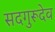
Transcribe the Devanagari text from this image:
सदगुरूदेव